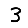
Digit: 3